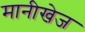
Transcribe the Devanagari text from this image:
मानीखेज